Lunatic asylums United Provinces 1909-1921 - 1909-1921
Year: 1909
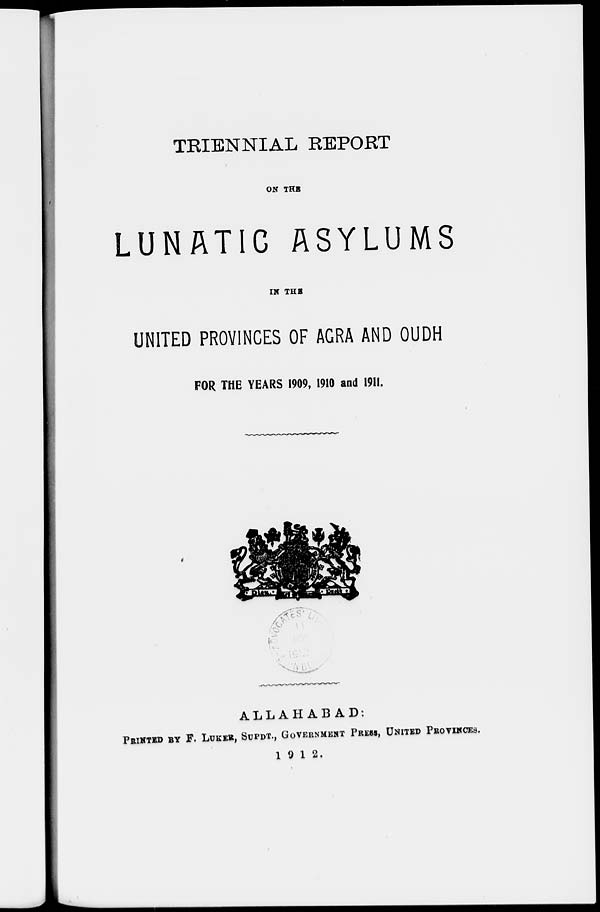
TRIENNIAL REPORT
ON THE
LUNATIC ASYLUMS
IN THE
UNITED PROVINCES OF AGRA AND OUDH
FOR THE YEARS 1909, 1910 and 1911.
ALLAHABAD:
PRINTED BY F. LUKER, SUPDT., GOVERNMENT PRESS, UNITED PROVINCES.
1912.